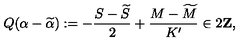
Q ( \alpha - \widetilde { \alpha } ) : = - \frac { S - \widetilde { S } } { 2 } + \frac { M - \widetilde { M } } { K ^ { \prime } } \in 2 { \bf Z } ,